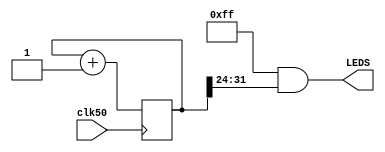
`timescale 1ns / 1ps
//
// LED driver 
//

module LedDriver
( input clk50,
  output [7:0] LEDS
);

	reg [31:0] counter = 0;
  
	assign LEDS[7:0]=8'b11111111&counter[31:24];

	always @(posedge clk50)
	begin
		counter <= counter + 1'b1; 
	end

endmodule